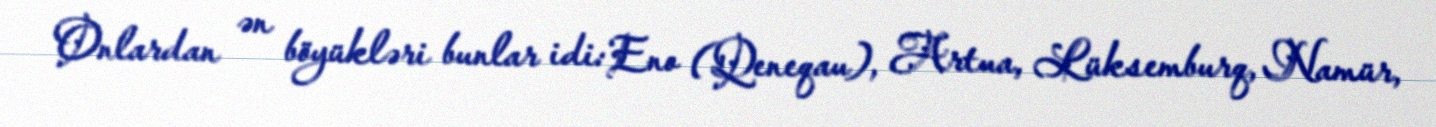
Onlardan ən böyükləri bunlar idi: Eno (Qeneqau), Artua, Lüksemburq, Namür,